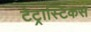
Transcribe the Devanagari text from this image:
टेट्रास्टिकस